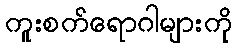
ကူးစက်ရောဂါများကို